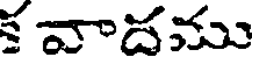
క వాదము